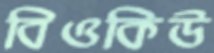
বিওকিউ